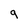
Character: q